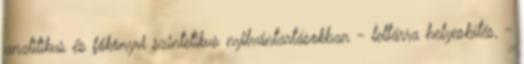
analitikus és főkönyvi szintetikus nyilvántartásokban - leltárra helyesbítés, -